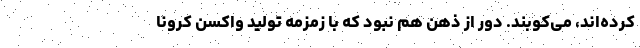
کرده‌اند، می‌کوبند. دور از ذهن هم نبود که با زمزمه تولید واکسن کرونا